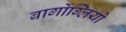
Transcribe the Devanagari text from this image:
बार्गोग्लियो